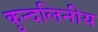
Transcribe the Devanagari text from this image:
कुन्दलिनीय